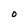
Character: O